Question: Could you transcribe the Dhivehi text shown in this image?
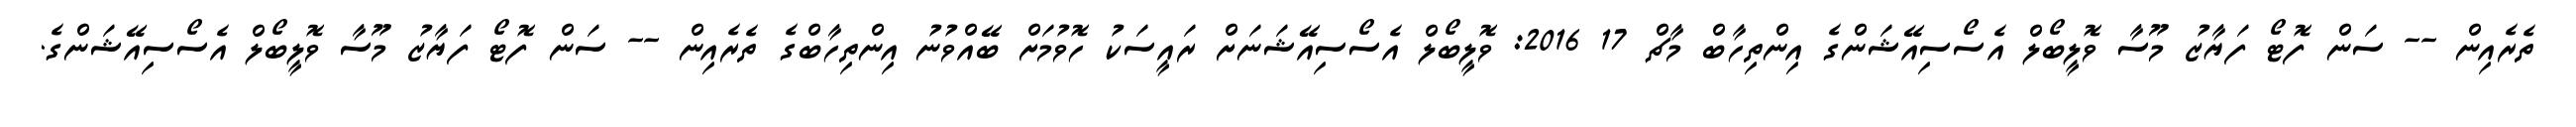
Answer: ތެރެއިން -- ސަން ފޮޓޯ ފަޔާޒު މޫސާ ވޮލީބޯލް އެސޯސިއޭޝަންގެ އިންތިހާބް މާޗް 17 2016: ވޮލީބޯލް އެސޯސިއޭޝަނަށް ރައީސަކު ހޮވުމަށް ބޭއްވުނު އިންތިހާބްގެ ތެރެއިން -- ސަން ފޮޓޯ ފަޔާޒު މޫސާ ވޮލީބޯލް އެސޯސިއޭޝަންގެ.